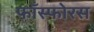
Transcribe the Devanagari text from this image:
फाँस्फोरस